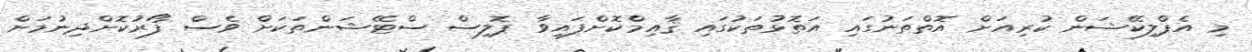
މި އެޕްލިކޭޝަން ކުރިއަށް އޮތްތަނުގައި އަތޮޅުތަކުގައި ޤާއިމްކޮށްފައިވާ ޕޮލިސް ސްޓޭޝަންތަކަށް ވެސް ފޯރުކޮށްދިނުމަށް